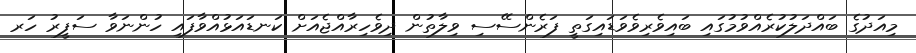
މިއަދުގެ ބައްދަލުކުރެއްވުމުގައި ބައިވެރިވެވަޑައިގަތީ ފަރެންސޭސި ވިލާތުން ދިވެހިރާއްޖެއަށް ކަނޑައަޅުއްވާފައި ހުންނަވާ ސަފީރު ހަރ